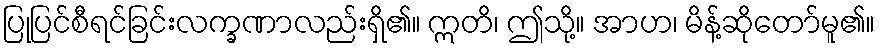
ပြုပြင်စီရင်ခြင်းလက္ခဏာလည်းရှိ၏။ ဣတိ၊ ဤသို့။ အာဟ၊ မိန့်ဆိုတော်မူ၏။